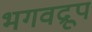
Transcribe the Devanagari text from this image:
भगवद्रूप